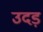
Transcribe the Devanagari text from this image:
उदड़